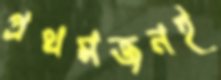
প্রথমজনই